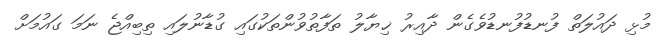
މުޅި ދައުލަތް ފުނޑުފުނޑުވެގެން ދާއިރު ޚިޔާލު ތަފާތުވުންތަކުގައި ގުޑާނުލައި ތިބިއްޖެ ނަމަ ގައުމަށް